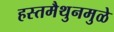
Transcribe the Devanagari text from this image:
हस्तमैथुनमुळे